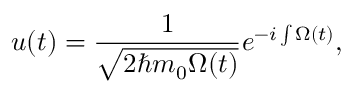
u ( t ) = \frac { 1 } { \sqrt { 2 \hbar m _ { 0 } \Omega ( t ) } } e ^ { - i \int \Omega ( t ) } ,